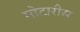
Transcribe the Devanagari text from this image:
मोटारीस